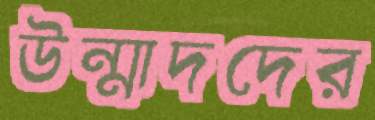
উন্মাদদের